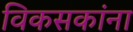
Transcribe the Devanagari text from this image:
विकसकांना